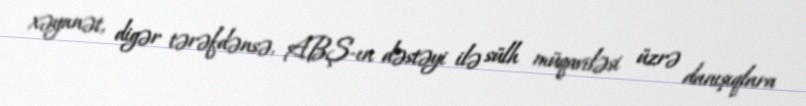
xəyanət, digər tərəfdənsə, ABŞ-ın dəstəyi ilə sülh müqaviləsi üzrə danışıqlara